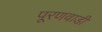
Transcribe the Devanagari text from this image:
पूरणवाडी